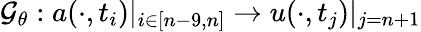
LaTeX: \mathcal{G}_{\theta}:a(\cdot,t_{i})|_{i\in[n-9,n]}\to u(\cdot,t_{j})|_{j=n+1}